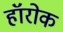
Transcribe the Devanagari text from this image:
हॉरोक